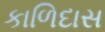
કાળિદાસ